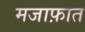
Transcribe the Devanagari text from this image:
मजाफ़ात